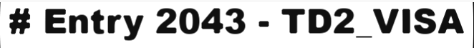
# Entry 2043 - TD2_VISA